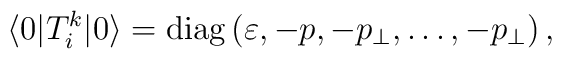
\langle 0|T_{i}^{k}|0\rangle ={\rm diag}\left( \varepsilon ,-p,-p_{\perp},\ldots ,-p_{\perp }\right) ,